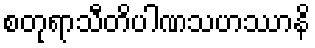
စတုရာသီတိပါဏသဟဿာနိ